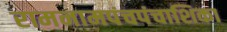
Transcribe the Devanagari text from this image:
रामनामपंचपंचाशिका